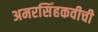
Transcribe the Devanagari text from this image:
अमरसिंहकवीची